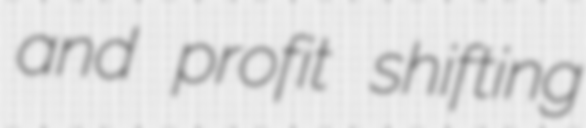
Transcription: and profit shifting